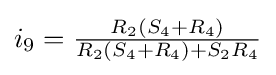
i_{9}={\tfrac {R_{2}(S_{4}+R_{4})}{R_{2}(S_{4}+R_{4})+S_{2}R_{4}}}